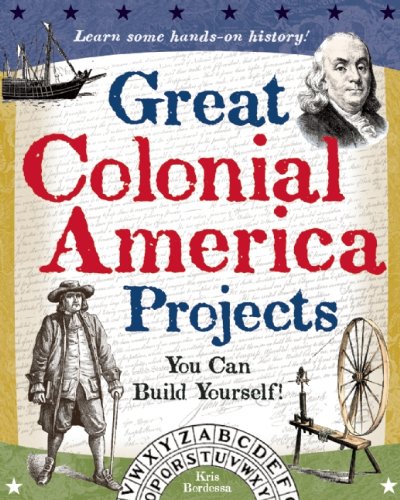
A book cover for Great Colonial America Projects: You Can Build Yourself (Build It Yourself); Kris Bordessa; Children's Books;